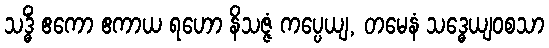
သဒ္ဓိံ ဧကော ဧကာယ ရဟော နိသဇ္ဇံ ကပ္ပေယျ, တမေနံ သဒ္ဓေယျဝစသာ